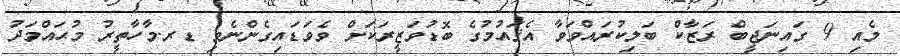
މެއި 9 ގައިނަޖީބް ރަޒާކް ބަލިކުރައްވަވާ އެޤައުމުގެ ބޮޑުވަޒީރަކަށް ވެވަޑައިގެންނެވި ޑރ.މާހާތީރު މުޙައްމަދު